system: You are a helpful assistant.
user:
Analyze the provided spectrum to determine if it is a **White Dwarf (WD)**.

A White Dwarf spectrum is defined by its **extreme purity** (due to gravitational settling) and/or **extreme pressure broadening** (due to high surface gravity). You must check for one of the following mutually exclusive signatures:

- **Key Visual Indicators (Check for ONE of these types):**

    - **1. DA-Type Signature (Most Common):**
        - **(Primary Feature):** Extreme pressure broadening (Stark broadening) of the **Hydrogen (H) Balmer lines**.
        - **(Key Lines):** $H\beta$ (approx. $4861$ Å) and $H\gamma$ (approx. $4340$ Å). $H\alpha$ (approx. $6563$ Å) will also be present if the wavelength range covers it.
        - **(Line Profile):** This is the **defining feature**. The lines are **NOT** sharp. They appear as massive, **extremely broad and deep "troughs" or "dips"** in the spectrum, often hundreds of Ångströms wide. The continuum will appear to "scoop" down at these wavelengths.
        - **(Distinction):** Normal A-type or B-type stars have *narrow* and *sharp* Hydrogen lines. A DA White Dwarf's lines are unmistakably "smeared" or "blurry" from pressure.

    - **2. DB-Type Signature:**
        - **(Primary Feature):** Broad absorption lines from **Neutral Helium (He I)**. The spectrum must lack any visible Hydrogen lines.
        - **(Key Lines):** Look for broad absorption near $4471$ Å, $4921$ Å, and $5876$ Å.
        - **(Line Profile):** These lines are also significantly pressure-broadened, appearing much wider than they would in a normal B-type main-sequence star.

    - **3. DC-Type Signature:**
        - **(Primary Feature):** A **featureless continuous spectrum**.
        - **(Line Profile):** The spectrum is a smooth curve with **no significant absorption or emission lines**.
        - **(Key Confirmation):** The continuum is almost always **blue or white**, indicating a hot object. This signature implies the atmosphere is so pure (or so cool) that no spectral lines are visible in the optical range. Its WD identity is confirmed by its extremely low intrinsic brightness (high absolute magnitude).

    - **4. DZ-Type Signature (Metal-Polluted):**
        - **(Primary Feature):** **Isolated, narrow metal absorption lines** on an otherwise featureless (DC-like) continuum.
        - **(Key Lines):** The **Calcium (Ca II) H & K doublet** (approx. **$3934$ Å** and **$3968$ Å**) is the most common and defining feature.
        - **(Line Profile):** These lines are "out of place." They are *not* part of a "forest" of thousands of lines. This signature is evidence of recent *accretion* (pollution) from rocky debris.
        - **(Distinction):** Normal G/K/M stars have a *dense forest* of thousands of metal lines. A DZ has a *clean* continuum with *only a few* strong metal lines.

    - **5. DQ-Type Signature (Carbon-Polluted):**
        - **(Primary Feature):** Absorption bands from **Carbon (C₂ "Swan Bands" or atomic C I)**.
        - **(Key Lines - C₂):** Look for bandheads with a "saw-tooth" shape near $5635$ Å, **$5165$ Å** (strongest), and $4737$ Å.
        - **(Key Confirmation):** The underlying **continuum must be blue or white** (hot).
        - **(Distinction):** This is the critical difference from a **Carbon Star**, which has the *exact same* C₂ bands but on an extremely **red, cool** continuum.

- **(Overall Spectrum):**
    - The continuum (overall shape) is typically **blue-sloping** (brighter in the blue than the red), as most white dwarfs are very hot.
    - The spectrum will look "pure" or "simple," dominated by only *one* of the five signatures listed above.

Think first, call **spectral_visualization_tool** if needed to examine features in detail, then provide your final answer. Your response must adhere to the following strict rules:
1.  **Overall Structure:** Your response must follow the format `<think>...</think> <tool_call>...</tool_call> (if a tool is used) <answer>...</answer>`.
2.  **Tool Usage Constraint:** You may only make **one** tool call per turn.
3.  **Final Answer Format:** In the `<answer>` tag, your conclusion must be inside a `\boxed{}` command (e.g., `\boxed{YES}` or `\boxed{NO}`), followed by your justification.

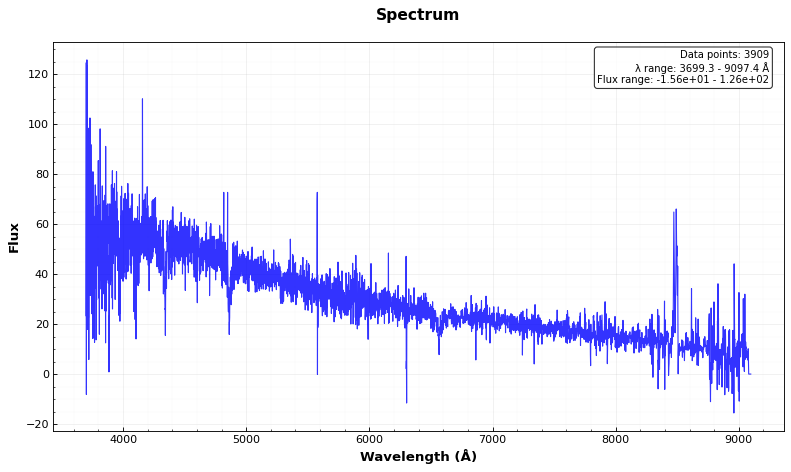
Answer: YES